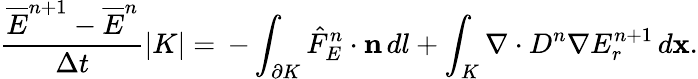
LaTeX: \frac{\overline{{E}}^{n+1}-\overline{{E}}^{n}}{\Delta t}|K|=\, -\int_{\partial K}\hat{F}_{E}^{n}\cdot\mathbf{n}\, dl+\int_{K}\nabla\cdot D^{n}\nabla E_{r}^{n+1}\, d\mathbf{x}.